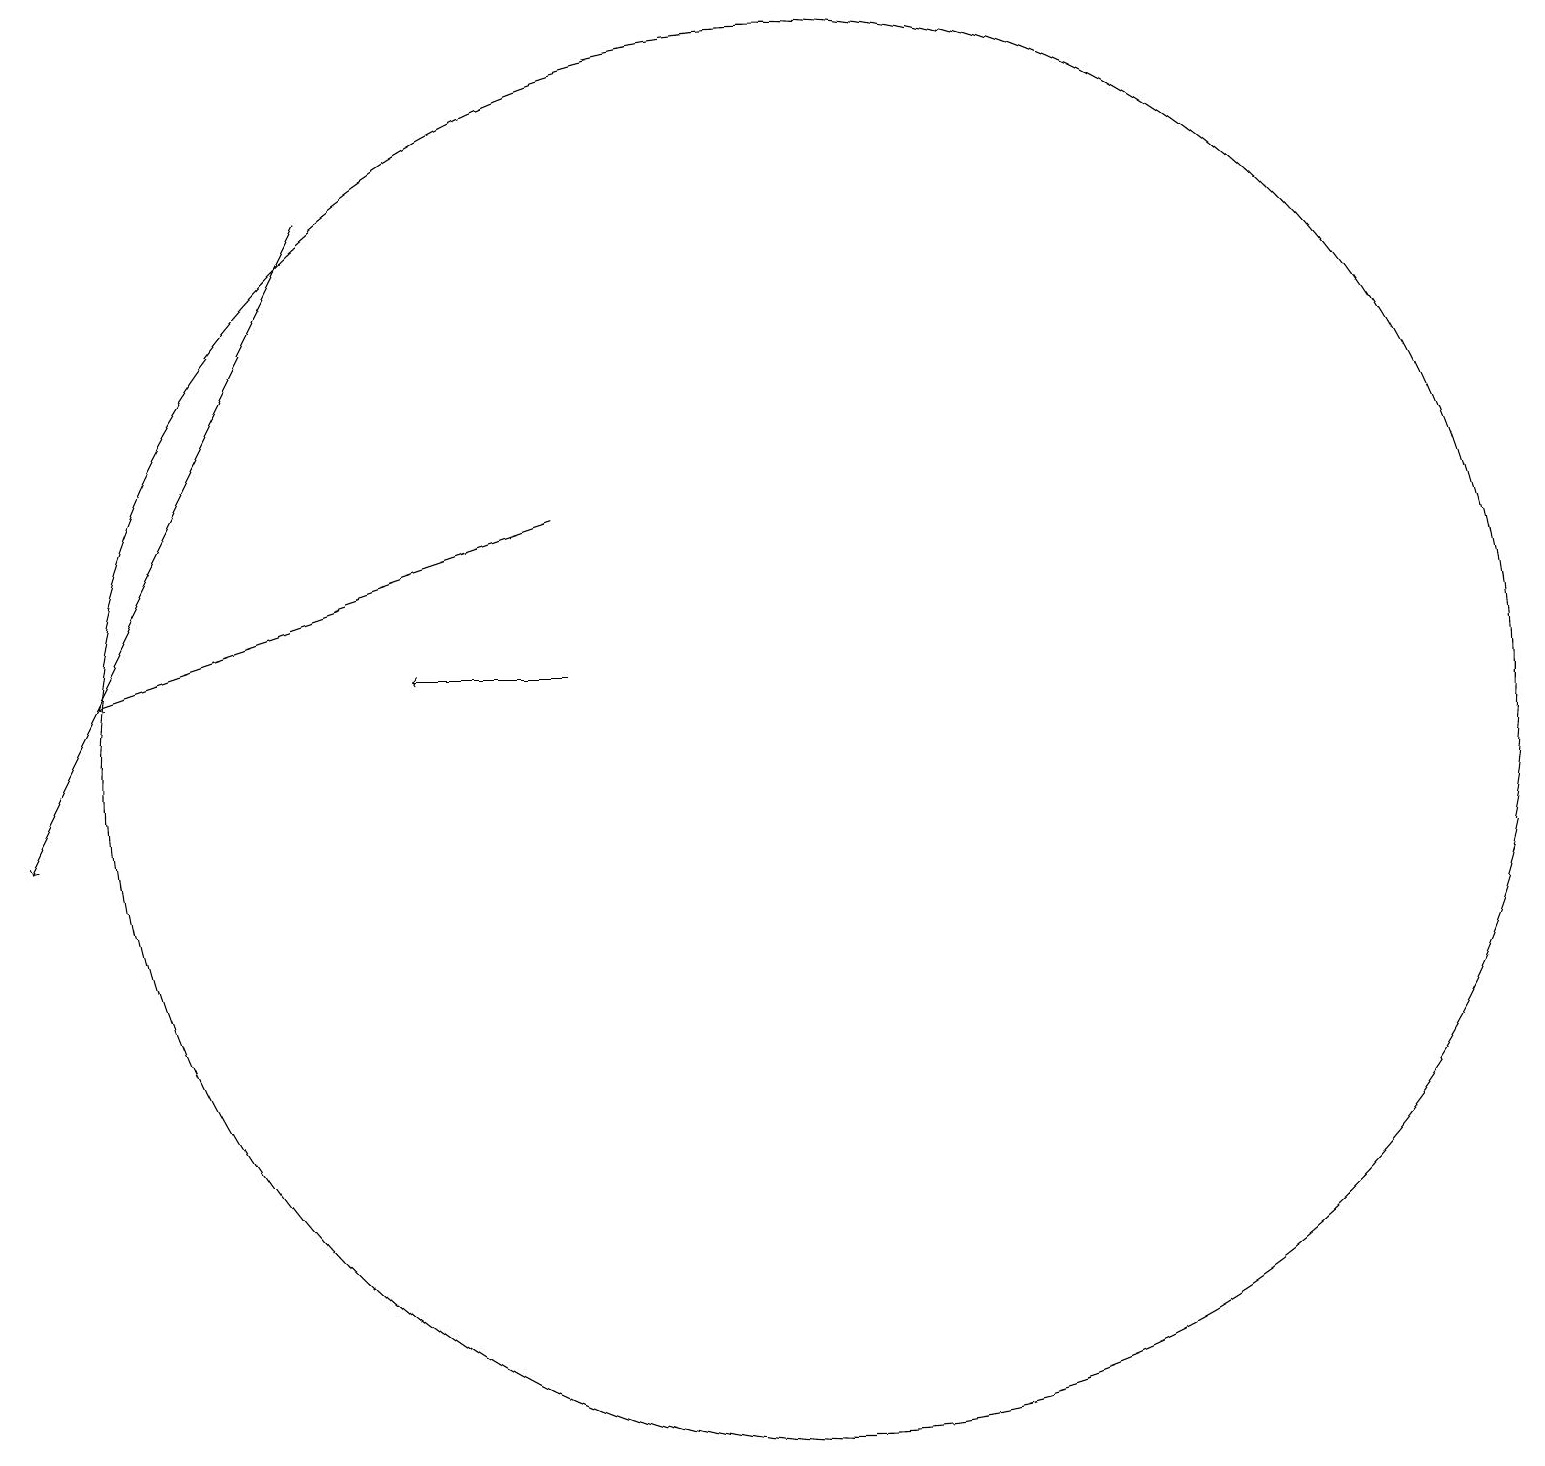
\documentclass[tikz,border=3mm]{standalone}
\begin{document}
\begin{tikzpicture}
\draw[->] (7,12) -- (5,12);
\draw (10,11) circle (9);
\draw[->] (7,14) -- (1,12);
\draw[->] (4,18) -- (0,10);
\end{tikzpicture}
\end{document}